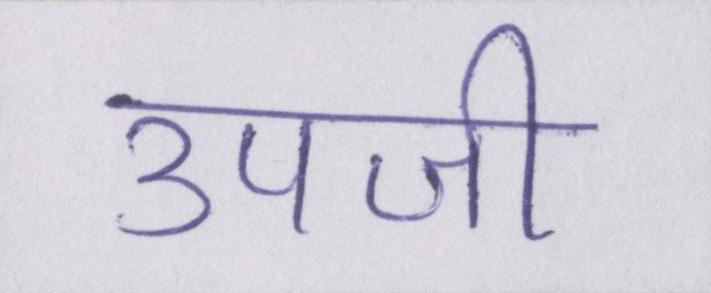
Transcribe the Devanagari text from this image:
उपजी